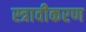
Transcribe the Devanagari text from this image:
स्त्रावीकरण